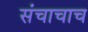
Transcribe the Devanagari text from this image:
संचाचाच